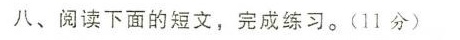
八、阅读下面的短文，完成练习。(11分)